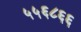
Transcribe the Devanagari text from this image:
५५६८६६